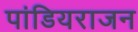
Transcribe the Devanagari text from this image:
पांडियराजन